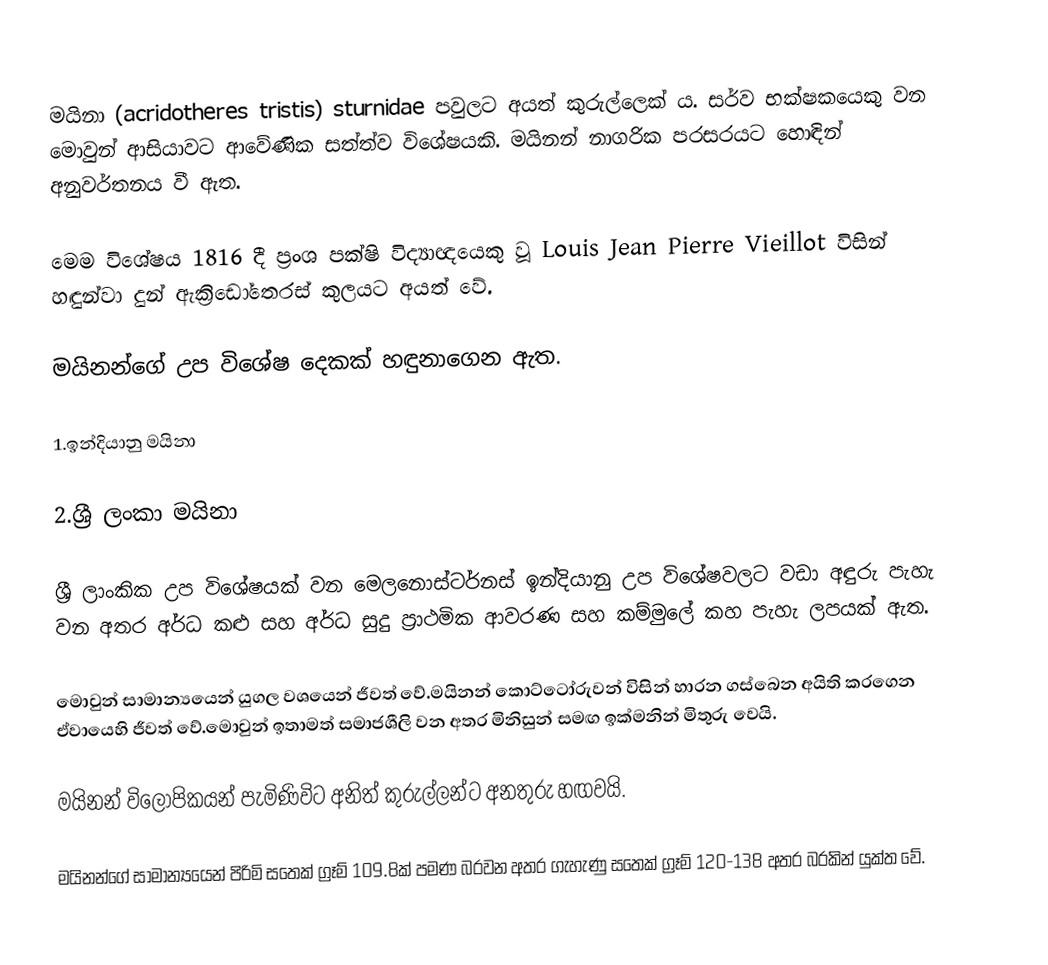
මයිනා (acridotheres tristis) sturnidae පවුලට අයත් කුරුල්ලෙක් ය. සර්ව භක්ෂකයෙකු වන මොවුන් ආසියාවට ආවේණික සත්ත්ව විශේෂයකි. මයිනන් නාගරික පරසරයට හොඳින් අනුවර්තනය වී ඇත.

මෙම විශේෂය 1816 දී ප්‍රංශ පක්ෂි විද්‍යාඥයෙකු වූ Louis Jean Pierre Vieillot විසින් හඳුන්වා දුන් ඇක්‍රිඩෝතෙරස් කුලයට අයත් වේ.

      මයිනන්ගේ උප විශේෂ දෙකක් හඳුනාගෙන ඇත.

1.ඉන්දියානු මයිනා

2.ශ්‍රී ලංකා මයිනා

ශ්‍රී ලාංකික උප විශේෂයක් වන මෙලනොස්ටර්නස් ඉන්දියානු උප විශේෂවලට වඩා අඳුරු පැහැ වන අතර අර්ධ කළු සහ අර්ධ සුදු ප්‍රාථමික ආවරණ සහ කම්මුලේ කහ පැහැ ලපයක් ඇත.

මොවුන් සාමාන්‍යයෙන් යුගල වශයෙන් ජීවත් වේ.මයිනන් කොට්ටෝරුවන්  විසින් හාරන ගස්බෙන අයිති කරගෙන ඒවායෙහි ජීවත් වේ.මොවුන් ඉතාමත් සමාජශීලි වන අතර මිනිසුන් සමඟ ඉක්මනින් මිතුරු වෙයි.

         මයිනන් විලෝපිකයන් පැමිණිවිට අනිත් කුරුල්ලන්ට අනතුරු හඟවයි.

මයිනන්ගේ සාමාන්‍යයෙන් පිරිමි සතෙක් ග්‍රෑම් 109.8ක් පමණ බරවන අතර ගැහැණු  සතෙක් ග්‍රෑම් 120-138 අතර බරකින් යුක්ත වේ.